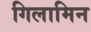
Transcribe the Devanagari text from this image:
गिलामिन